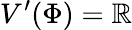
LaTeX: V^{\prime}(\Phi)=\mathbb{R}